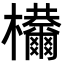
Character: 𣡋